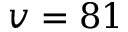
v = 8 1